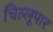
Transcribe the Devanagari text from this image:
चिल्लूपार